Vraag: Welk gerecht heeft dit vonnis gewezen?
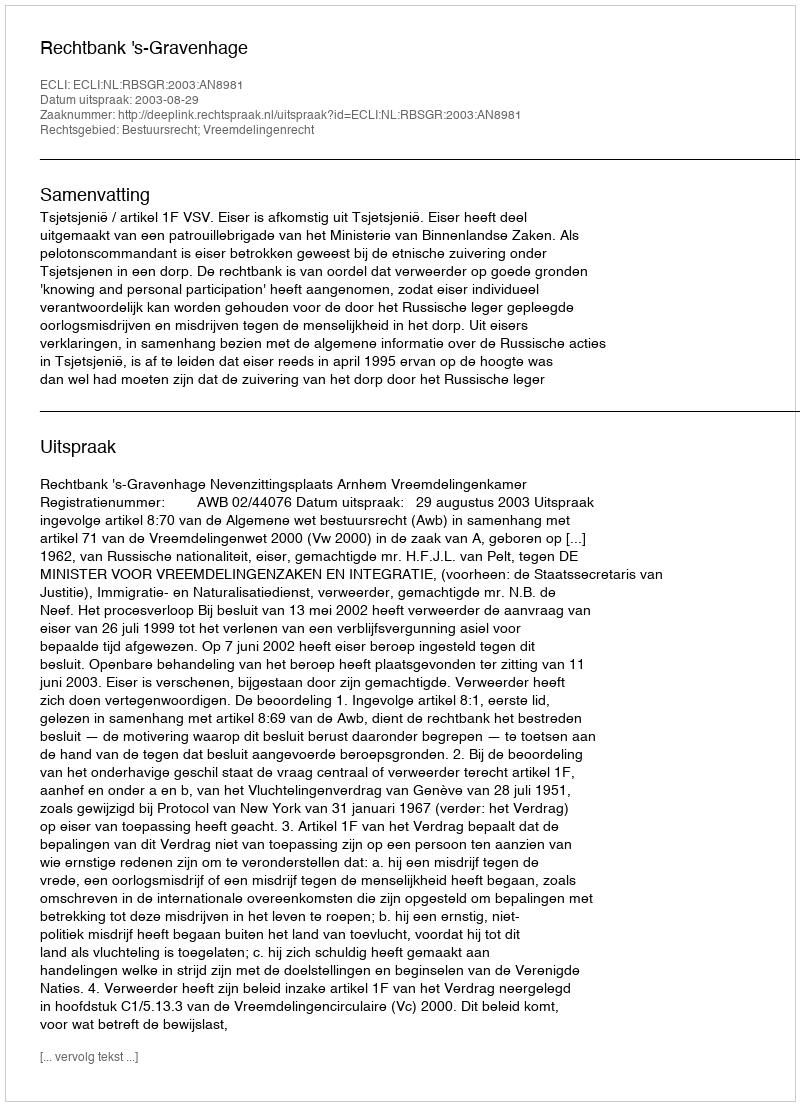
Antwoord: Rechtbank 's-Gravenhage